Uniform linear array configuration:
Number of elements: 32
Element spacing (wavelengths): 0.25
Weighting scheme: hamming
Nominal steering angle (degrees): -30
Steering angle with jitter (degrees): -29.396
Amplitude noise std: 0.05
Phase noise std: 0.05

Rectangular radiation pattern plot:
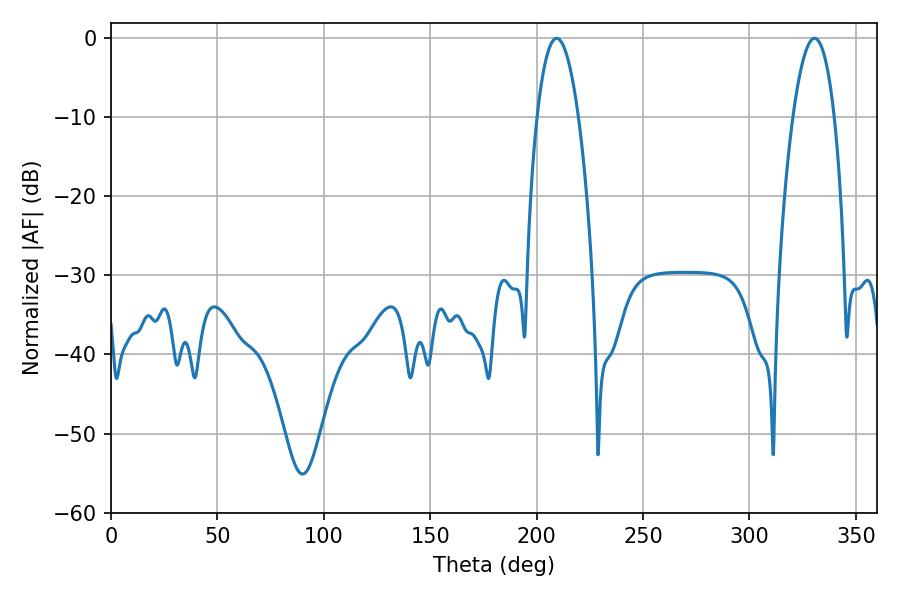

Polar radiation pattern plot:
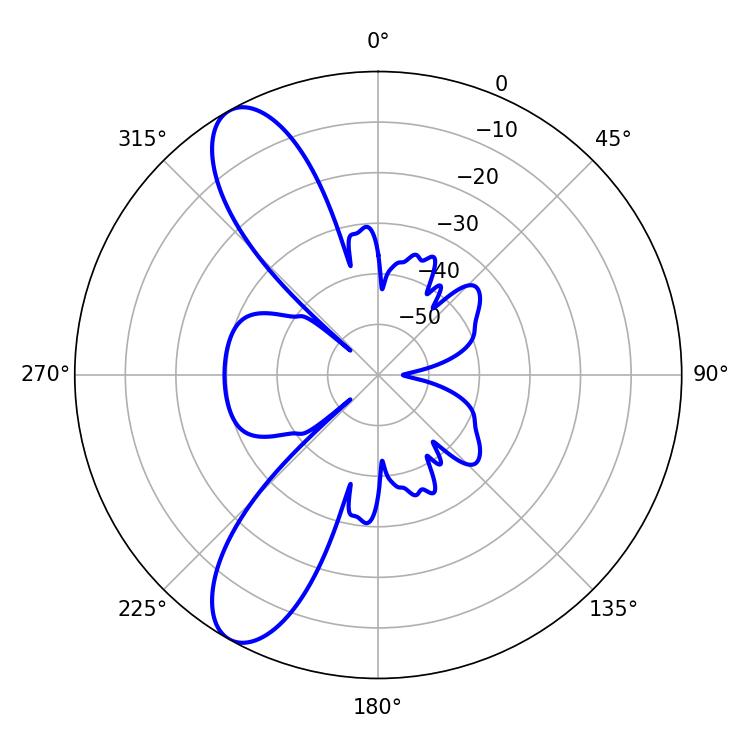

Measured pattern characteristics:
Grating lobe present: FALSE
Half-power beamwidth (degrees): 10.8
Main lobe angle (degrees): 209.34